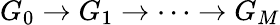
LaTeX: G_{0}\rightarrow G_{1}\rightarrow\cdots\rightarrow G_{M}